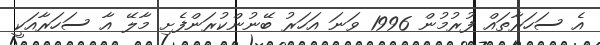
އެ ސަހަރާތައް ފުރުމުން 1996 ވަނަ އަހަރު ބޭނުންކުރަންފެށި މާލޭ އާ ސަހަރާއަކީ